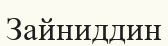
Зайниддин